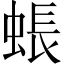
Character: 䗅